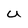
Character: U